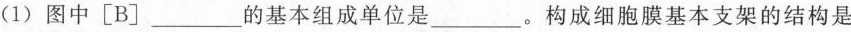
(1) 图中[B]___的基本组成单位是___。构成细胞膜基本支架的结构